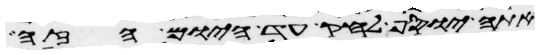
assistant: אתה יוסף לחק עד היום הזה